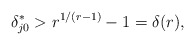
\begin{align*}\delta_{j0}^\ast > r^{1/(r - 1)} - 1 =\delta(r),\end{align*}